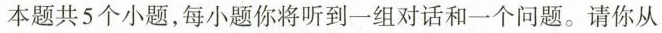
本题共5个小题,每小题你将听到一组对话和一个问题.请你从